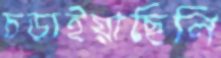
চড়াইয়াছিলি